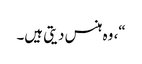
“، وہ ہنس دیتی ہیں۔